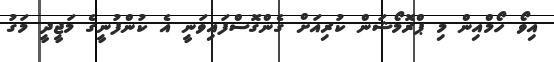
އިވޯ ހޯމްއިން މި ޕްރޮމޯޝަން ކުރިއަށް ގެންގޮސްފައިވަނީ އެ ކުންފުނީގެ މަޖީދީ މަގު